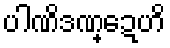
ပါဏိဒဏ္ဍေဟိ